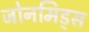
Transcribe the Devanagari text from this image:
जोनमिड्स